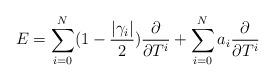
LaTeX: \begin{align*}E=\sum_{i=0}^N(1-\frac{|\gamma_i|}{2})\frac{\partial }{\partial T^i}+\sum_{i=0}^N a_i \frac{\partial }{\partial T^i}\end{align*}